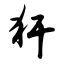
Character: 犴